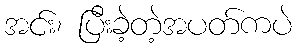
အင်း၊ ပြီးခဲ့တဲ့အပတ်ကပဲ